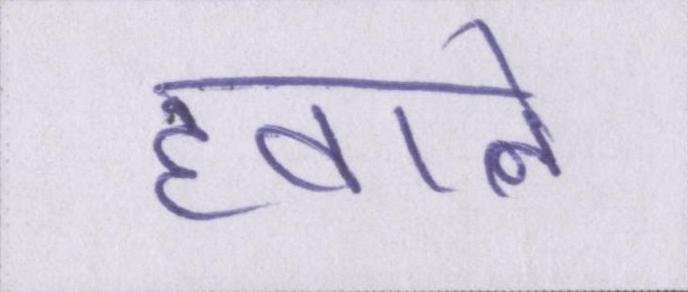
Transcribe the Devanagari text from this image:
हवाले